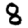
Digit: 8